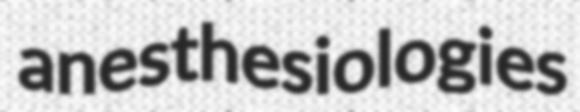
anesthesiologies